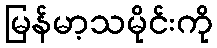
မြန်မာ့သမိုင်းကို